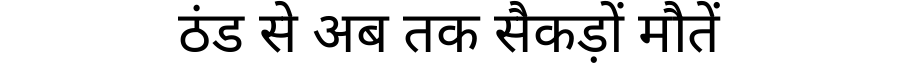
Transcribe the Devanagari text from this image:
ठंड से अब तक सैकड़ों मौतें